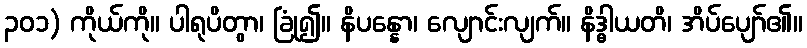
၃၀၁) ကိုယ်ကို။ ပါရုပိတွာ၊ ခြုံ၍။ နိပန္နော၊ လျောင်းလျက်။ နိဒ္ဓါယတိ၊ အိပ်ပျော်၏။